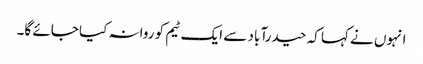
انہوں نے کہا کہ حیدرآباد سے ایک ٹیم کو روانہ کیا جائے گا۔